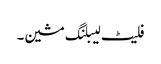
فلیٹ لیبلنگ مشین۔